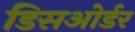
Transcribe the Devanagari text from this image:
डिसओर्डर